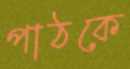
পাঠকে